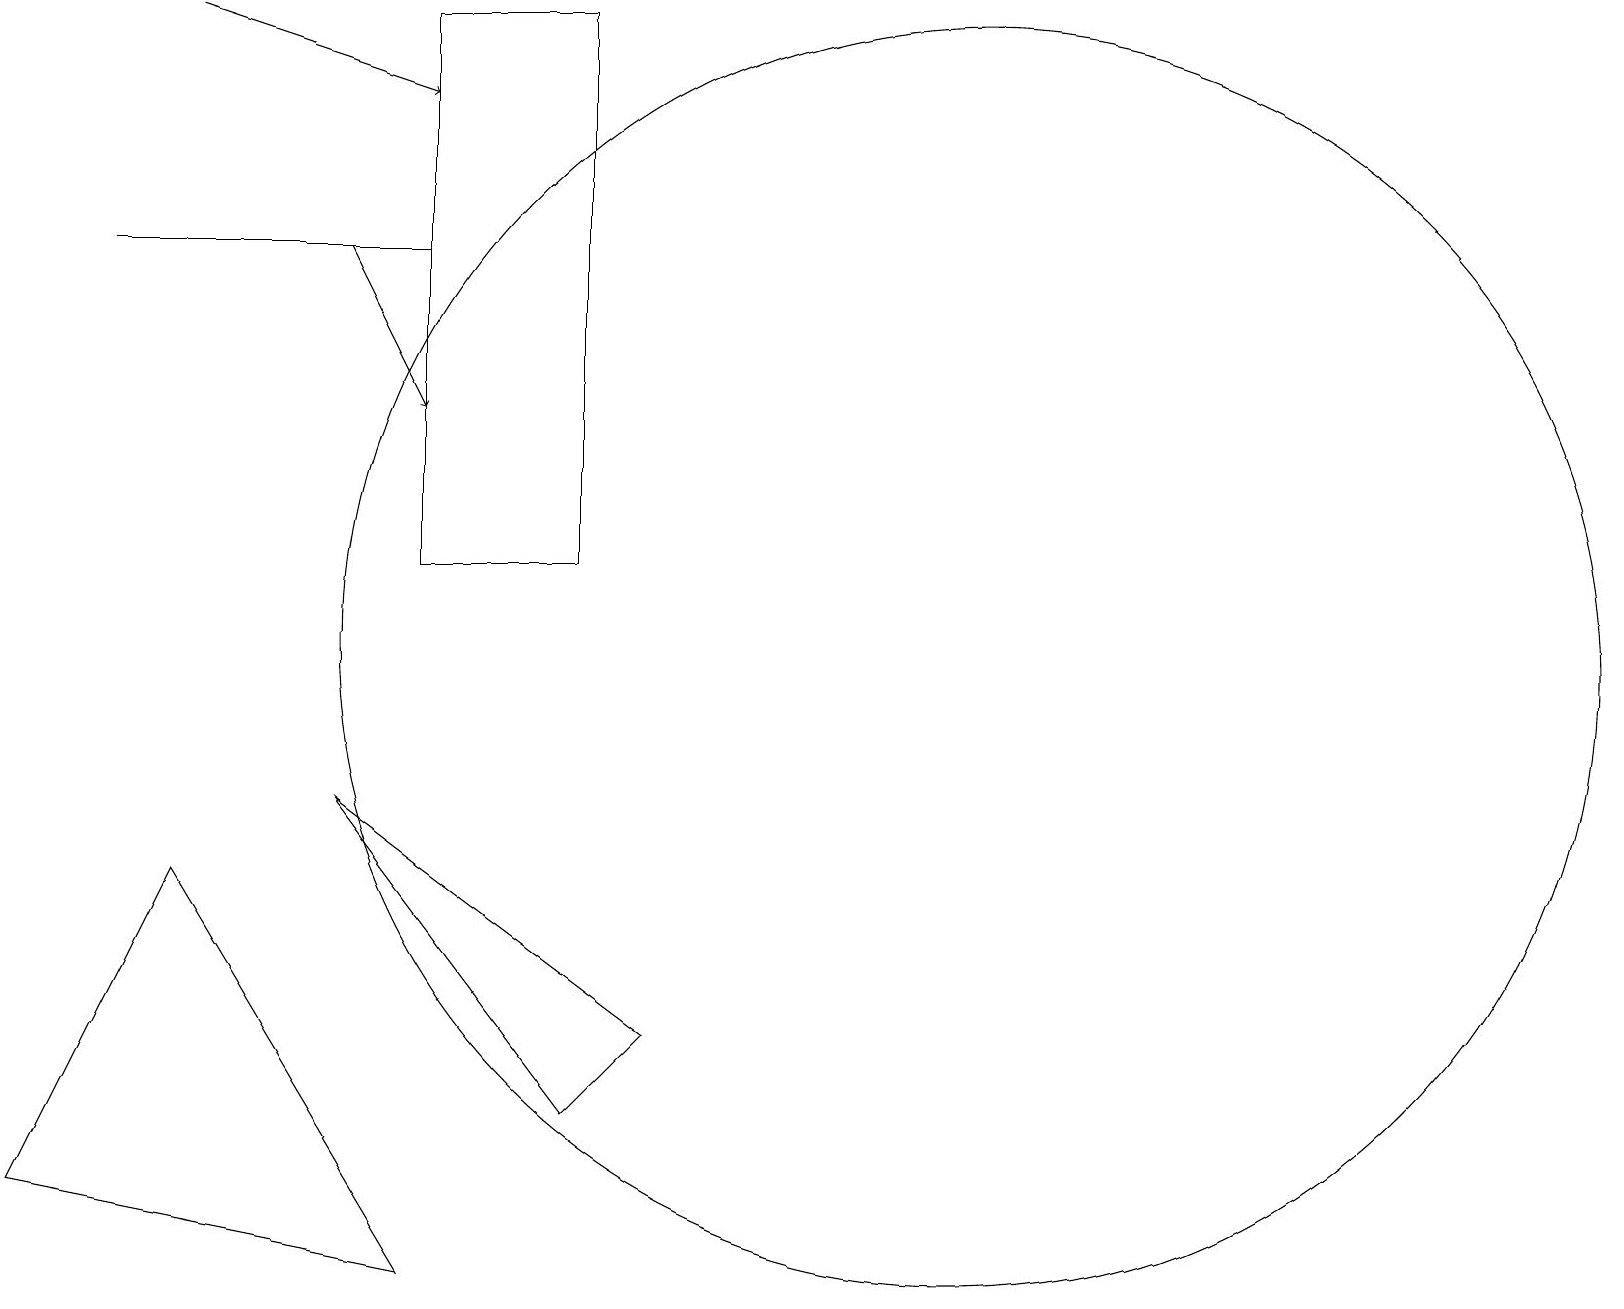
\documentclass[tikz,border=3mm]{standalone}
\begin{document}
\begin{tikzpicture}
\draw (2,7) -- (0,3) -- (5,2) -- cycle;
\draw (4,8) -- (8,5) -- (7,4) -- cycle;
\draw (12,10) circle (8);
\draw (5,15) rectangle (1,15);
\draw (7,18) rectangle (5,11);
\draw[->] (2,18) -- (5,17);
\draw[->] (4,15) -- (5,13);
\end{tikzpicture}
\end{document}